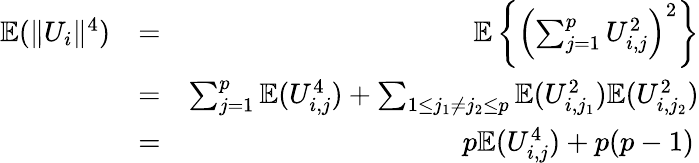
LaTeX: \begin{array}{rlr}{{\mathbb{E}}(\| U_{i}\| ^{4})}&{=}&{{\mathbb{E}}\left\{ \left(\sum_{j=1}^{p}U_{i,j}^{2}\right)^{2}\right\} }\\ &{=}&{\sum_{j=1}^{p}{\mathbb{E}}(U_{i,j}^{4})+\sum_{1\leq j_{1}\neq j_{2}\leq p}{\mathbb{E}}(U_{i,j_{1}}^{2}){\mathbb{E}}(U_{i,j_{2}}^{2})}\\ &{=}&{p{\mathbb{E}}(U_{i,j}^{4})+p(p-1)\, }\end{array}